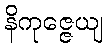
နိကုဇ္ဇေယျ